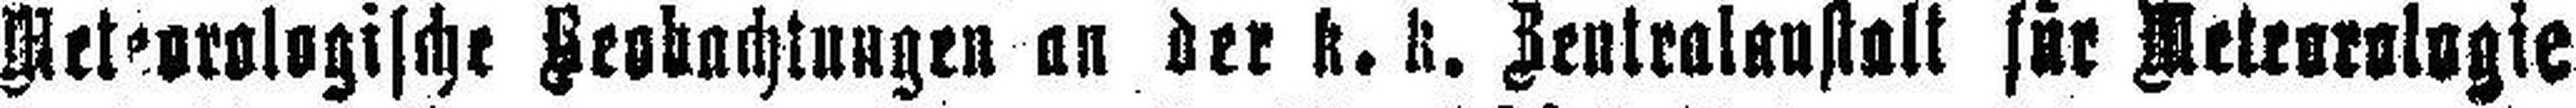
Meteorologische Beobachtungen an der k. k. Zentral###ustalt für Meteorologie